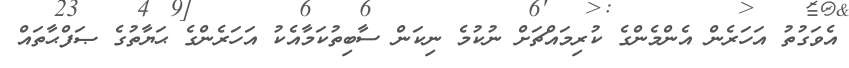
އެވަގުތު އަހަރެން އެންމެންގެ ކުރިމައްޗަށް ނުކުމެ ނިކަން ސާބިތުކަމާއެކު އަހަރެންގެ ޙަޔާތުގެ ޞަފްޙާތައް